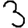
Digit: 3